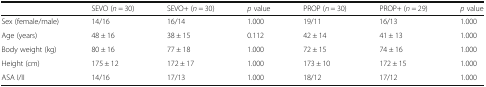
<table><thead><tr><td></td><td><b>SEVO (<i>n</i> = 30)</b></td><td><b>SEVO+ (<i>n</i> = 30)</b></td><td><b><i>p</i> value</b></td><td><b>PROP (<i>n</i> = 30)</b></td><td><b>PROP+ (<i>n</i> = 29)</b></td><td><b><i>p</i> value</b></td></tr></thead><tbody><tr><td>Sex (female/male)</td><td>14/16</td><td>16/14</td><td>1.000</td><td>19/11</td><td>16/13</td><td>1.000</td></tr><tr><td>Age (years)</td><td>48 ± 16</td><td>38 ± 15</td><td>0.112</td><td>42 ± 14</td><td>41 ± 13</td><td>1.000</td></tr><tr><td>Body weight (kg)</td><td>80 ± 16</td><td>77 ± 18</td><td>1.000</td><td>72 ± 15</td><td>74 ± 16</td><td>1.000</td></tr><tr><td>Height (cm)</td><td>175 ± 12</td><td>172 ± 17</td><td>1.000</td><td>173 ± 10</td><td>172 ± 15</td><td>1.000</td></tr><tr><td>ASA I/II</td><td>14/16</td><td>17/13</td><td>1.000</td><td>18/12</td><td>17/12</td><td>1.000</td></tr></tbody></table>